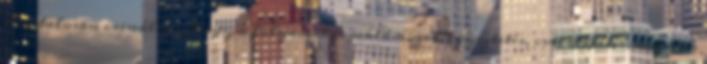
hivatalosan csinálni. Megy a folyamatos reklámozás, egyeztetés, csapatépítés, nagyon